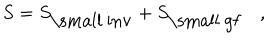
S = S _ { \mathrm { \small ~ i n v } } + S _ { \mathrm { \small ~ g f } } \quad ,